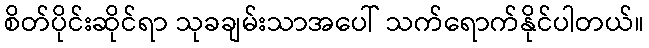
စိတ်ပိုင်းဆိုင်ရာ သုခချမ်းသာအပေါ် သက်ရောက်နိုင်ပါတယ်။